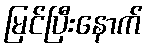
မြင်ပြီးနောက်